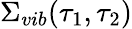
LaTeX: \Sigma_{vib}(\tau_{1},\tau_{2})